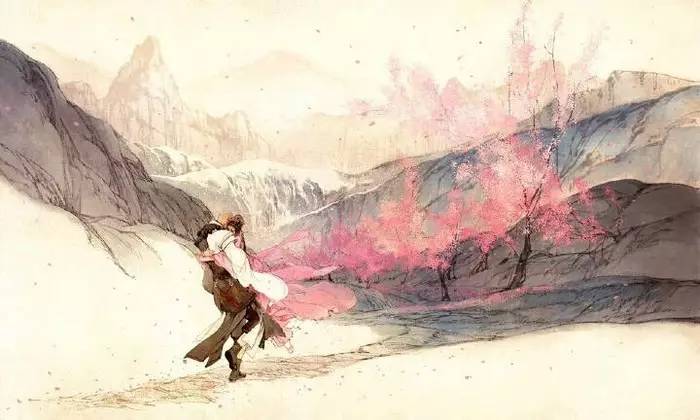
虽有天下易生之物也，一日暴之，十日寒之。未有能生者也。